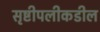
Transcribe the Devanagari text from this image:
सृष्टीपलीकडील